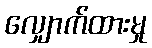
လျှောက်ထားမှု